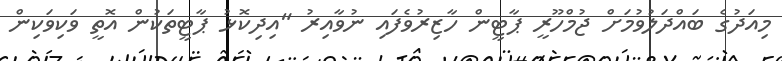
މިއަދުގެ ބައްދަލުވުމަށް ޖުމްހޫރީ ޕާޓީން ހާޒިރުވެފައި ނުވާއިރު "އިދިކޮޅު ޕާޓީތަކުން އޮތީ ވަކިވަކިން